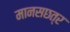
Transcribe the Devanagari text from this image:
मानसछत्र